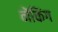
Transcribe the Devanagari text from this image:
नेंकिंग